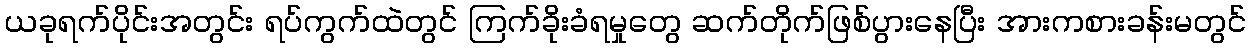
ယခုရက်ပိုင်းအတွင်း ရပ်ကွက်ထဲတွင် ကြက်ခိုးခံရမှုတွေ ဆက်တိုက်ဖြစ်ပွားနေပြီး အားကစားခန်းမတွင်